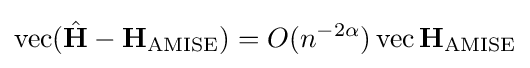
\operatorname {vec} ({\hat {\mathbf {H} }}-\mathbf {H} _{\operatorname {AMISE} })=O(n^{-2\alpha })\operatorname {vec} \mathbf {H} _{\operatorname {AMISE} }